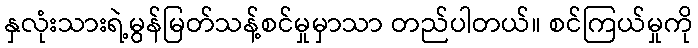
နှလုံးသားရဲ့မွန်မြတ်သန့်စင်မှုမှာသာ တည်ပါတယ်။ စင်ကြယ်မှုကို